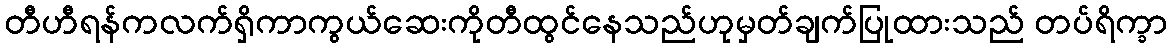
တီဟီရန်ကလက်ရှိကာကွယ်ဆေးကိုတီထွင်နေသည်ဟုမှတ်ချက်ပြုထားသည် တပ်ရိက္ခာ